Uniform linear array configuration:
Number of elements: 16
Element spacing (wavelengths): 0.25
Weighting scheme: kaiser
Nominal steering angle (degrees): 0
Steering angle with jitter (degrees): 0.06494
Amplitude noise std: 0.05
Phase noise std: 0.05

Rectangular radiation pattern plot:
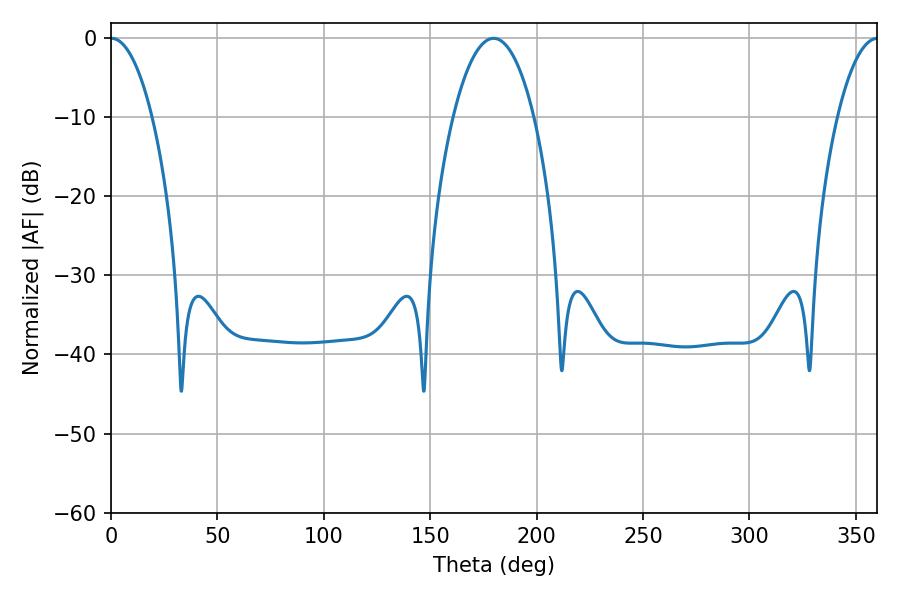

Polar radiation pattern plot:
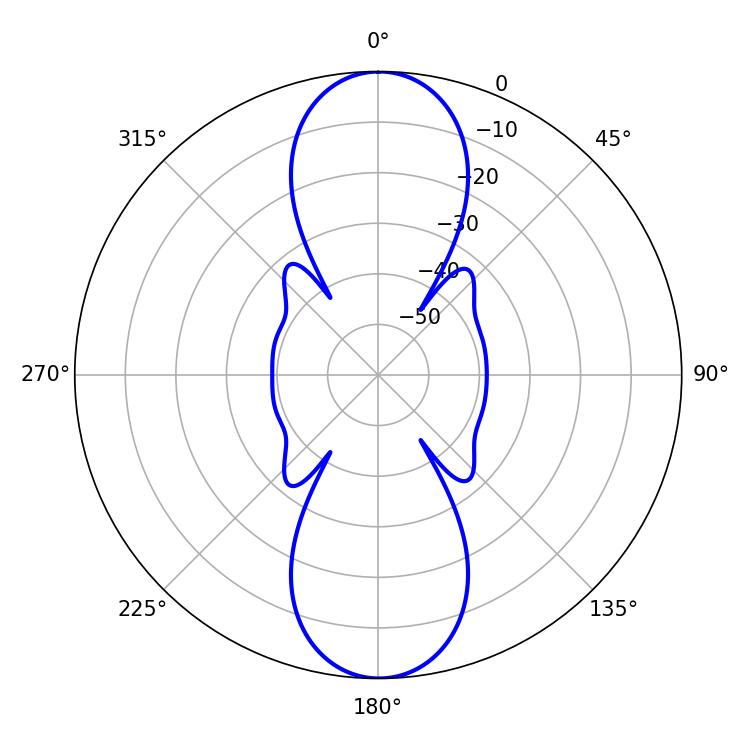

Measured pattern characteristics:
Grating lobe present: FALSE
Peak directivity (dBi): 27.418
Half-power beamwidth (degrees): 10.8
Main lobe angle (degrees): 0.18